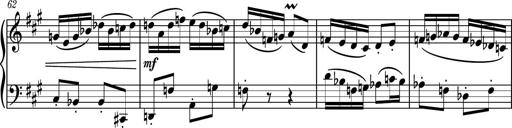
Title: Piano Sonatina No.6
Composer: Dimitri Sykias
Key: A major